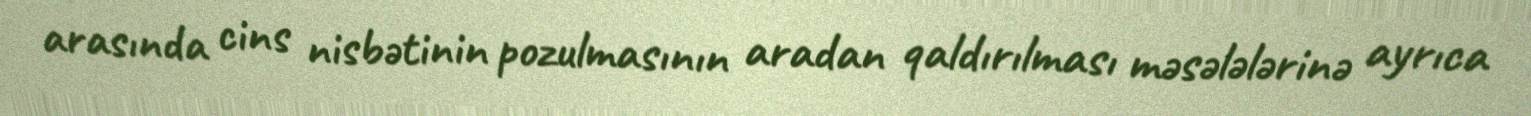
arasında cins nisbətinin pozulmasının aradan qaldırılması məsələlərinə ayrıca